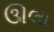
ઊલા